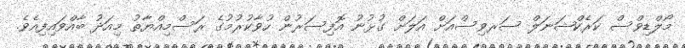
މޯލްޑިވްސް ކަރެކްޝަނަލް ސަރވިސްއަށް އަލަށް ގުޅުނު އޮފިސަރުން ހުވާކުރުމުގެ ރަސްމިއްޔާތު މިއަދު ބާއްވައިފިއެވެ.